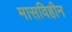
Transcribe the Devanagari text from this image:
मासविहीन